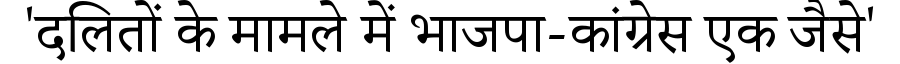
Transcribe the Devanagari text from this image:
'दलितों के मामले में भाजपा-कांग्रेस एक जैसे'